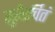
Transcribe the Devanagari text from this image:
सुरैरर्चितं